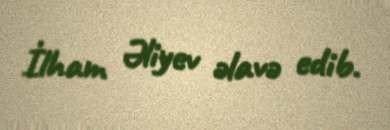
İlham Əliyev əlavə edib.